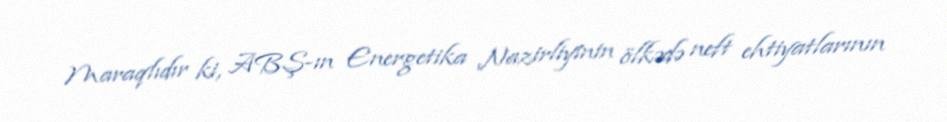
Maraqlıdır ki, ABŞ-ın Energetika Nazirliyinin ölkədə neft ehtiyatlarının